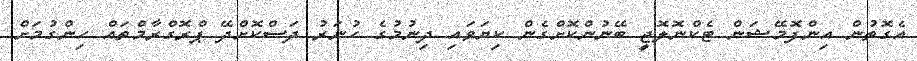
އެގޮތުން އިންފޮމޭޝަން ޓެކްނޮލޮޖީ ބޭނުންކޮށްގެން ކިޔަވައި ދިނުމުގެ ހުނަރު ދަސްކޮށްދޭ ޕްރޮގްރާމްތައް ހިންގުމަށް